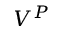
V ^ { P }